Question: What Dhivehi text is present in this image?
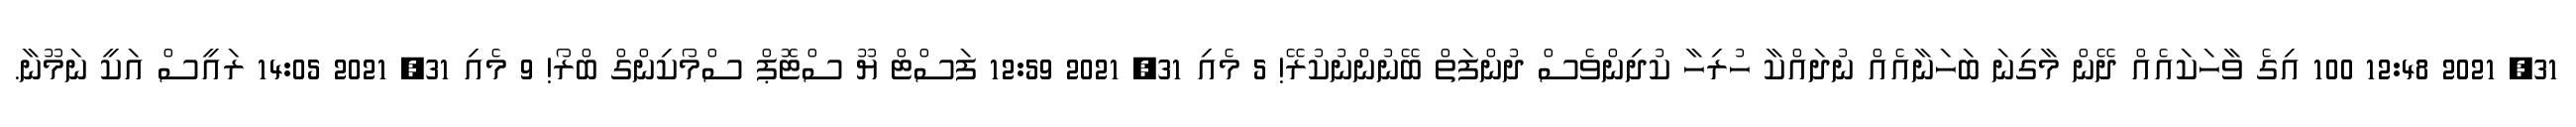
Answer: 31, 2021 12:48 100 އިގެ ވާހަކައެއް ދޭން މާގިނަ ބަހަނާއެއް ނުދައްކާ ހުރިހާ ކުދިންވެސް ދުންފަތް ބޭނުންނުކުރޭ! 5 މެއި 31, 2021 12:59 ފަސްޓް ޔޫ ސްޓޮޕް ސްމޯކިންގް ބްރޯ! 9 މެއި 31, 2021 14:05 ރައީސް އަކީ ނަމޫނާ.